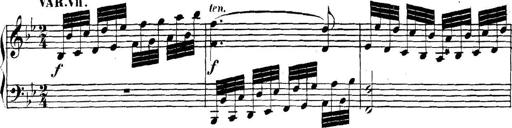
Title: Collected Piano Sonatas
Composer: Muzio Clementi